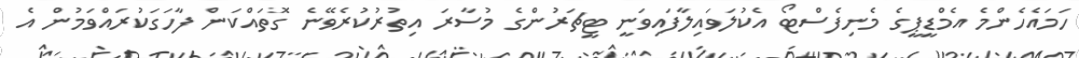
ހަމައެހެންމެ އެމްޑީޕީގެ މެނިފެސްޓޯ އެކުލަވައިލާފައިވަނީ ޓީޗަރުންގެ މުސާރަ އިތުރުކުރެވޭނެ ގޮތައްކަން ފާހަގަކުރައްވަމުން އެ